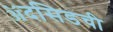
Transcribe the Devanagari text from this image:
ॲदसिडची